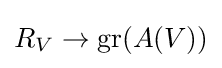
R_{V}\to \operatorname {gr} (A(V))